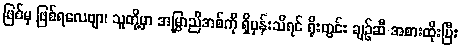
ဖြစ်မှ ဖြစ်ရလေဗျာ၊ သူတို့မှာ အမြွှာညီအစ်ကို ရှိမှန်းသိရင် ရိုးတွင်း ချဉ်ဆီ အစားထိုးပြီး